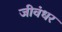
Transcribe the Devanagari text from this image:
जीवंधर